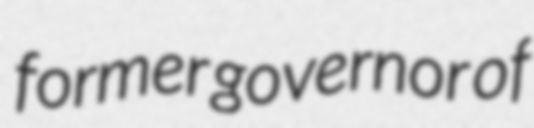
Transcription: former governor of